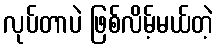
လုပ်တာပဲ ဖြစ်လိမ့်မယ်တဲ့